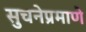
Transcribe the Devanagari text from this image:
सुचनेप्रमाणे